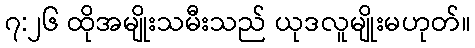
၇:၂၆ ထိုအမျိုးသမီးသည် ယုဒလူမျိုးမဟုတ်။